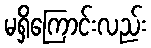
မရှိကြောင်းလည်း